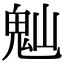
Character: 𩲀